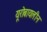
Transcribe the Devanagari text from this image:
यूरोबायलीन